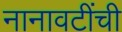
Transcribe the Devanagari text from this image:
नानावटींची